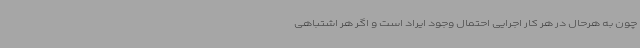
چون به هرحال در هر کار اجرایی احتمال وجود ایراد است و اگر هر اشتباهی